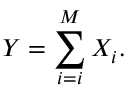
Y = \sum _ { i = i } ^ { M } X _ { i } .